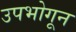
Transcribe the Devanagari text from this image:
उपभोगून